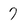
Character: 7